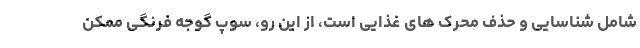
شامل شناسایی و حذف محرک های غذایی است، از این رو، سوپ گوجه فرنگی ممکن